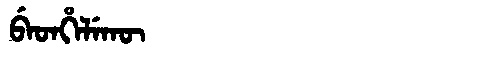
Manchu: ᠪᡝᡨᡥᡝᠯᡝᡴᡡ
Romanization: BETHELEKŪ